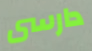
دارسى